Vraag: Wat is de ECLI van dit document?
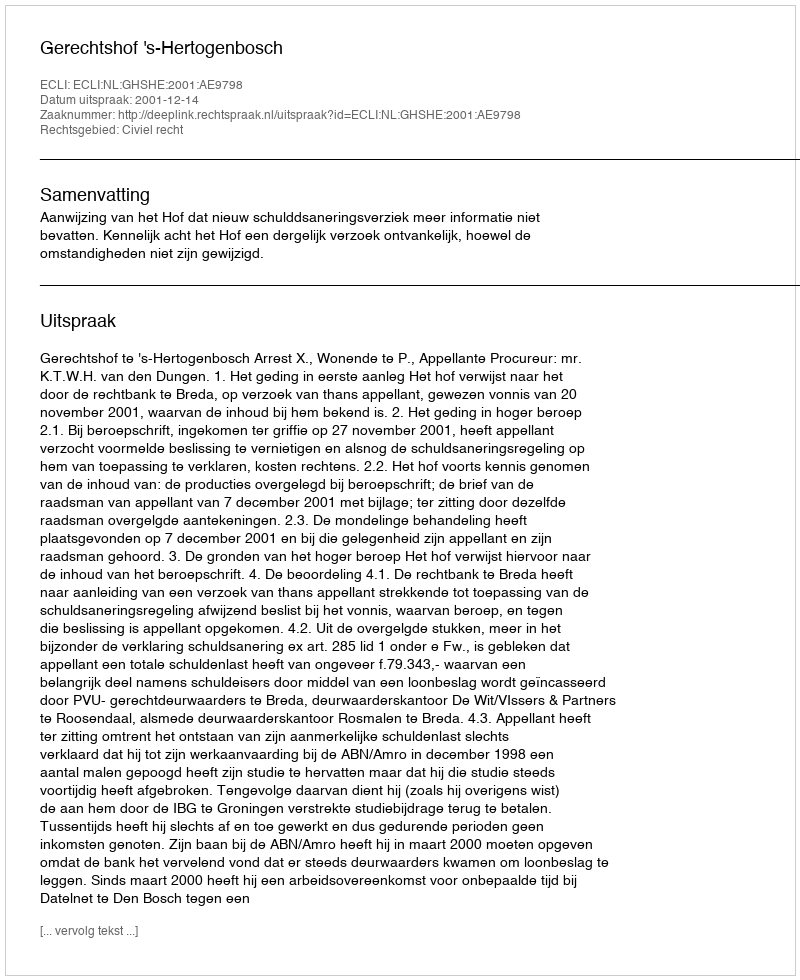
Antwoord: ECLI:NL:GHSHE:2001:AE9798